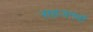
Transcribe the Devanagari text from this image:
सहजनवॉं